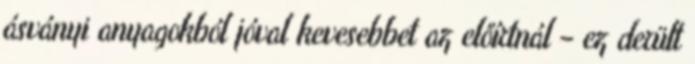
ásványi anyagokból jóval kevesebbet az előírtnál – ez derült